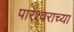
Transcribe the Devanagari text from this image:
पारेश्वराच्या